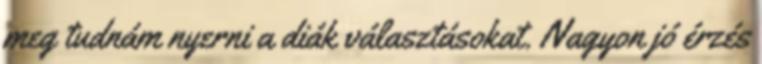
meg tudnám nyerni a diák választásokat. Nagyon jó érzés